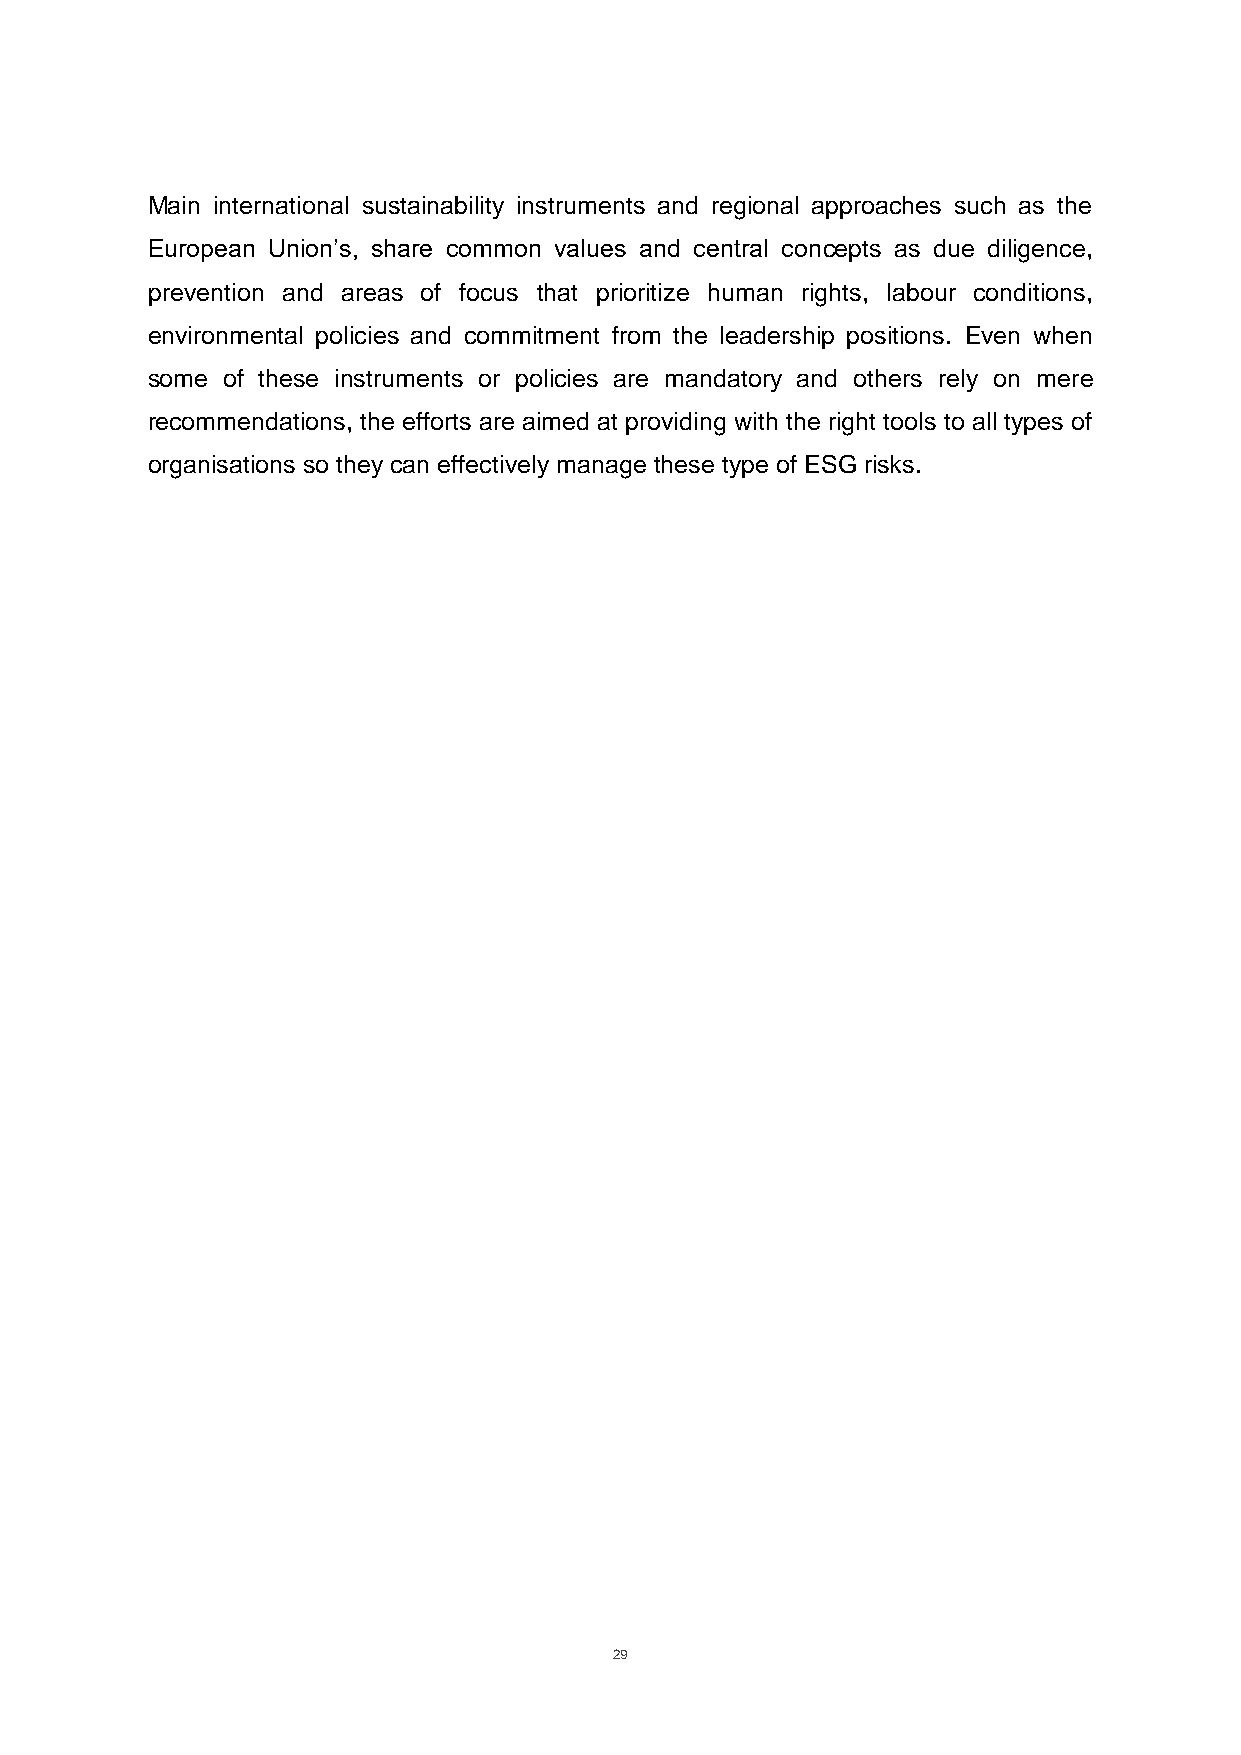
Main international sustainability instruments and regional approaches such as the
 European Union’s, share common values and central concepts as due diligence,
 prevention and areas of focus that prioritize human rights, labour conditions,
 environmental policies and commitment from the leadership positions. Even when
 some of these instruments or policies are mandatory and others rely on mere
 recommendations, the efforts are aimed at providing with the right tools to all types of
 organisations so they can effectively manage these type of ESG risks.
 29